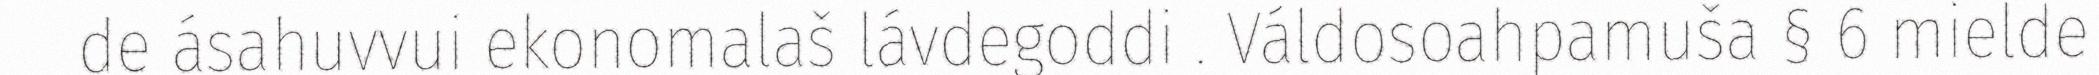
de ásahuvvui ekonomalaš lávdegoddi . Váldosoahpamuša § 6 mielde